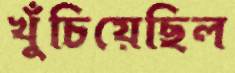
খুঁচিয়েছিল